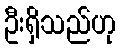
ဦးရှိသည်ဟု